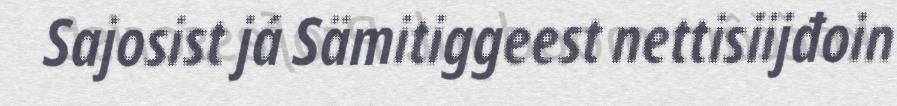
Sajosist já Sämitiggeest nettisiijđoin